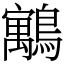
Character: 䴁